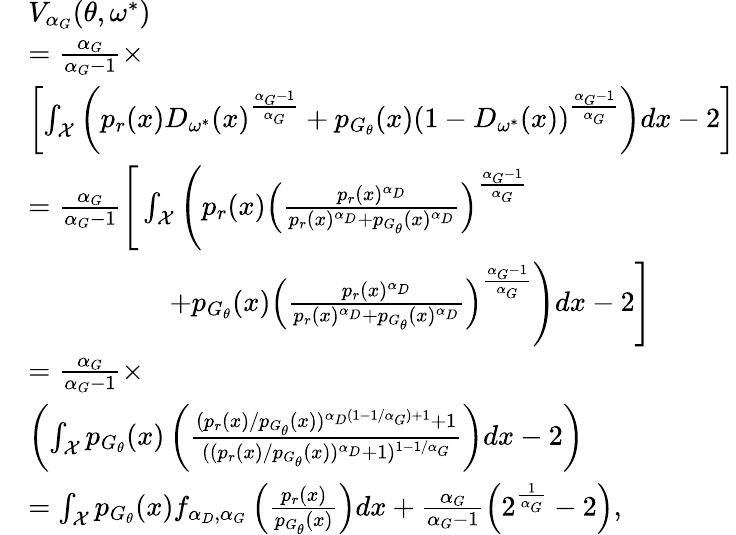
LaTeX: \begin{array}{rl}&{V_{\alpha_{G}}(\theta,\omega^{*})}\\ &{=\frac{\alpha_{G}}{\alpha_{G}-1}\times}\\ &{\left[\int_{\mathcal{X}}\left(p_{r}(x)D_{\omega^{*}}(x)^{\frac{\alpha_{G}-1}{\alpha_{G}}}+p_{G_{\theta}}(x)(1-D_{\omega^{*}}(x))^{\frac{\alpha_{G}-1}{\alpha_{G}}}\right)dx-2\right]}\\ &{=\frac{\alpha_{G}}{\alpha_{G}-1}\Bigg[\int_{\mathcal{X}}\Bigg(p_{r}(x)\left(\frac{p_{r}(x)^{\alpha_{D}}}{p_{r}(x)^{\alpha_{D}}+p_{G_{\theta}}(x)^{\alpha_{D}}}\right)^{\frac{\alpha_{G}-1}{\alpha_{G}}}}\\ &{\qquad\qquad\quad+p_{G_{\theta}}(x)\left(\frac{p_{r}(x)^{\alpha_{D}}}{p_{r}(x)^{\alpha_{D}}+p_{G_{\theta}}(x)^{\alpha_{D}}}\right)^{\frac{\alpha_{G}-1}{\alpha_{G}}}\Bigg)dx-2\Bigg]}\\ &{=\frac{\alpha_{G}}{\alpha_{G}-1}\times}\\ &{\left(\int_{\mathcal{X}}p_{G_{\theta}}(x)\left(\frac{(p_{r}(x)/p_{G_{\theta}}(x))^{\alpha_{D}(1-1/\alpha_{G})+1}+1}{((p_{r}(x)/p_{G_{\theta}}(x))^{\alpha_{D}}+1)^{1-1/\alpha_{G}}}\right)dx-2\right)}\\ &{=\int_{\mathcal{X}}p_{G_{\theta}}(x)f_{\alpha_{D},\alpha_{G}}\left(\frac{p_{r}(x)}{p_{G_{\theta}}(x)}\right)dx+\frac{\alpha_{G}}{\alpha_{G}-1}\left(2^{\frac{1}{\alpha_{G}}}-2\right),}\end{array}